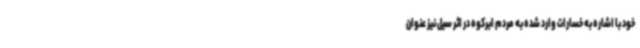
خود با اشاره به خسارات وارد شده به مردم ابرکوه در اثر سیل نیز عنوان